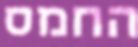
החמס